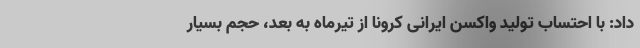
داد: با احتساب تولید واکسن ایرانی کرونا از تیرماه به بعد، حجم بسیار